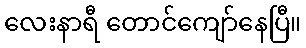
လေးနာရီ တောင်ကျော်နေပြီ။